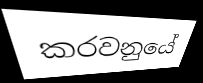
කරවනුයේ